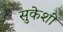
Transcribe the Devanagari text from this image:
सुकेशी